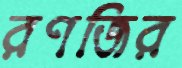
রণজির